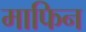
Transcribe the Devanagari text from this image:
माफिन